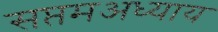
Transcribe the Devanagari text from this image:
सप्तमअध्याय